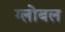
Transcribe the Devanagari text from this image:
ग्लोबल